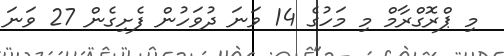
މި ޕްރޮގްރާމް މި މަހުގެ 14 ވަނަ ދުވަހުން ފެށިގެން 27 ވަނަ